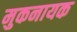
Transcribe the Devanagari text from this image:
मुकनायक